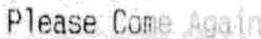
PLEASE COME AGAIN